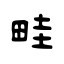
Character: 畦